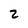
Character: Z